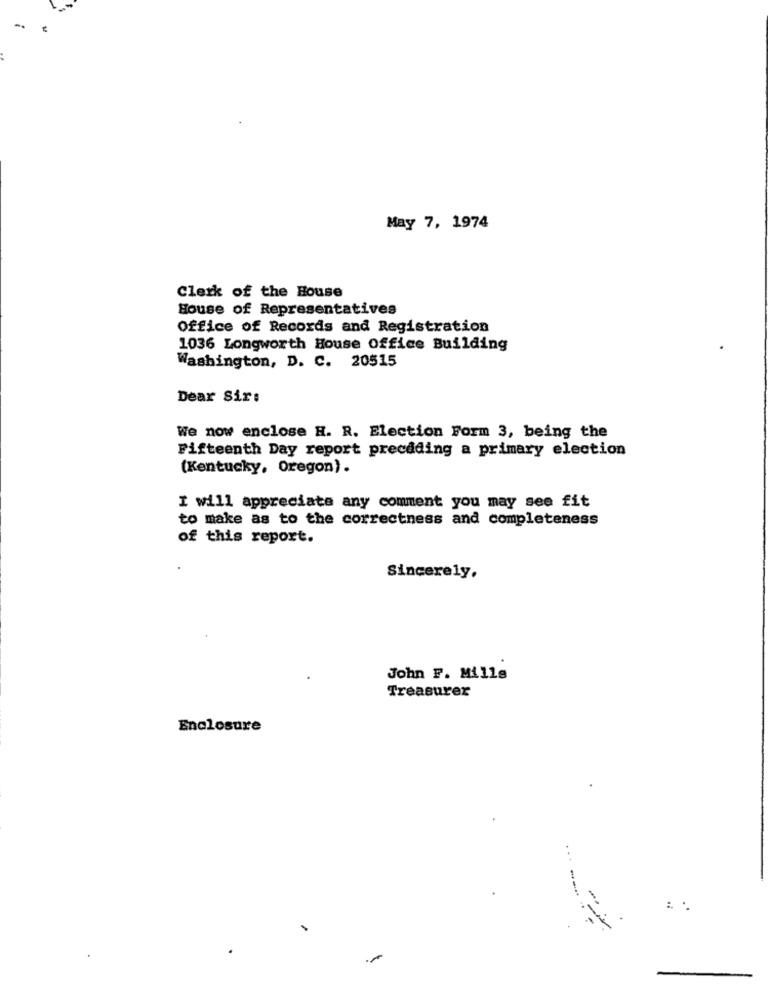
-
May 7, 1974
Clerk of the House
House of Representatives
Office of Records and Registration
1036 Longworth House Office Building
Washington, D. C. 20515
Dear Sir:
We now enclose H. R. Election Form 3, being the
Fifteenth Day report precdding a primary election
(Kentucky, Oregon).
I will appreciate any comment you may see fit
to make as to the correctness and completeness
of this report.
Sincerely.
John F. Mills
Treasurer
Enclosure
-